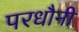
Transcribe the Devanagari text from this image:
परधौनी